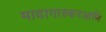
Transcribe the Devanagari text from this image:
मादागास्करआणि